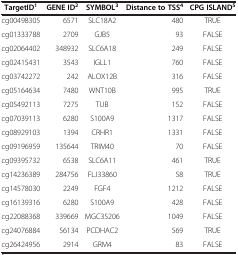
<table><thead><tr><td><b>TargetID<sup>1</sup></b></td><td><b>GENE ID<sup>2</sup></b></td><td><b>SYMBOL<sup>3</sup></b></td><td><b>Distance to TSS<sup>4</sup></b></td><td><b>CPG ISLAND<sup>5</sup></b></td></tr></thead><tbody><tr><td>cg00498305</td><td>6571</td><td>SLC18A2</td><td>480</td><td>TRUE</td></tr><tr><td>cg01333788</td><td>2709</td><td>GJB5</td><td>93</td><td>FALSE</td></tr><tr><td>cg02064402</td><td>348932</td><td>SLC6A18</td><td>249</td><td>FALSE</td></tr><tr><td>cg02415431</td><td>3543</td><td>IGLL1</td><td>760</td><td>FALSE</td></tr><tr><td>cg03742272</td><td>242</td><td>ALOX12B</td><td>316</td><td>FALSE</td></tr><tr><td>cg05164634</td><td>7480</td><td>WNT10B</td><td>995</td><td>TRUE</td></tr><tr><td>cg05492113</td><td>7275</td><td>TUB</td><td>152</td><td>FALSE</td></tr><tr><td>cg07039113</td><td>6280</td><td>S100A9</td><td>1317</td><td>FALSE</td></tr><tr><td>cg08929103</td><td>1394</td><td>CRHR1</td><td>1331</td><td>FALSE</td></tr><tr><td>cg09196959</td><td>135644</td><td>TRIM40</td><td>70</td><td>FALSE</td></tr><tr><td>cg09395732</td><td>6538</td><td>SLC6A11</td><td>461</td><td>TRUE</td></tr><tr><td>cg14236389</td><td>284756</td><td>FLJ33860</td><td>58</td><td>TRUE</td></tr><tr><td>cg14578030</td><td>2249</td><td>FGF4</td><td>1212</td><td>FALSE</td></tr><tr><td>cg16139316</td><td>6280</td><td>S100A9</td><td>428</td><td>FALSE</td></tr><tr><td>cg22088368</td><td>339669</td><td>MGC35206</td><td>1049</td><td>FALSE</td></tr><tr><td>cg24076884</td><td>56134</td><td>PCDHAC2</td><td>569</td><td>TRUE</td></tr><tr><td>cg26424956</td><td>2914</td><td>GRM4</td><td>83</td><td>FALSE</td></tr></tbody></table>